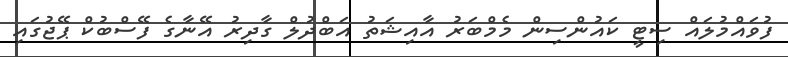
ފުވައްމުލައް ސިޓީ ކައުންސިން މެމްބަރު އާއިޝަތު އަބްދުލް ގާދިރު އޭނާގެ ފޭސްބުކް ޕޭޖުގައި